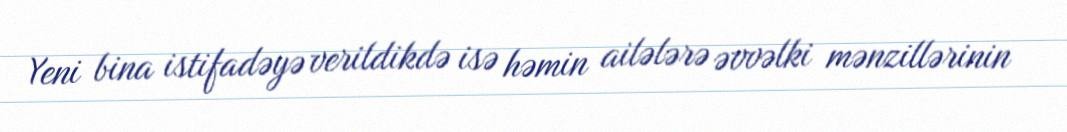
Yeni bina istifadəyə verildikdə isə həmin ailələrə əvvəlki mənzillərinin